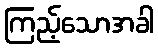
ကြည့်သောအခါ